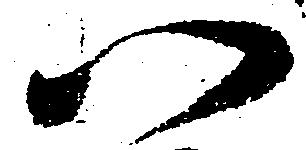
い